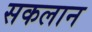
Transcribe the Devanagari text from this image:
सकलान